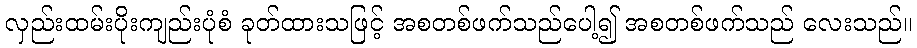
လှည်းထမ်းပိုးကျည်းပုံစံ ခုတ်ထားသဖြင့် အစတစ်ဖက်သည်ပေါ့၍ အစတစ်ဖက်သည် လေးသည်။